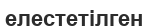
елестетілген